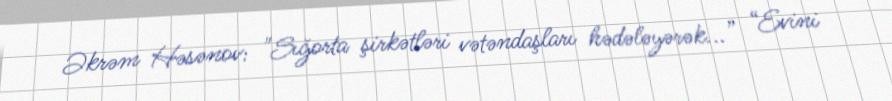
Əkrəm Həsənov: "Sığorta şirkətləri vətəndaşları hədələyərək...” “Evini